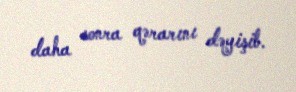
daha sonra qərarını dəyişib.